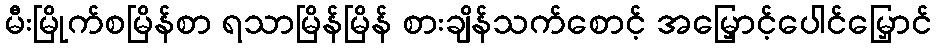
မီးမြိုက်စမြိန်စာ ရသာမြိန်မြိန် စားချိန်သက်စောင့် အမြှောင့်ပေါင်မြှောင်